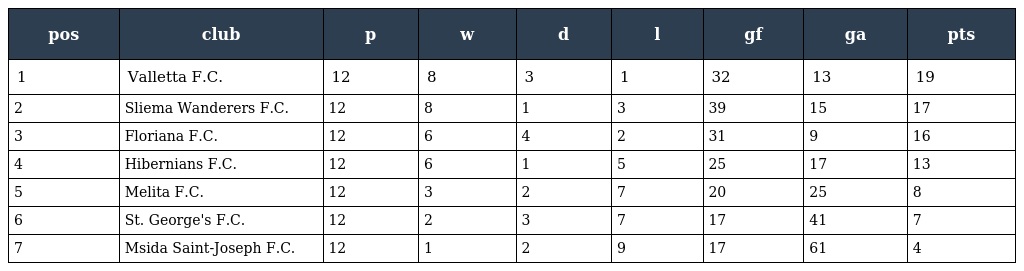
| pos | club | p | w | d | l | gf | ga | pts |
 | --- | --- | --- | --- | --- | --- | --- | --- | --- |
 | 1 | Valletta F.C. | 12 | 8 | 3 | 1 | 32 | 13 | 19 |
 | 2 | Sliema Wanderers F.C. | 12 | 8 | 1 | 3 | 39 | 15 | 17 |
 | 3 | Floriana F.C. | 12 | 6 | 4 | 2 | 31 | 9 | 16 |
 | 4 | Hibernians F.C. | 12 | 6 | 1 | 5 | 25 | 17 | 13 |
 | 5 | Melita F.C. | 12 | 3 | 2 | 7 | 20 | 25 | 8 |
 | 6 | St. George's F.C. | 12 | 2 | 3 | 7 | 17 | 41 | 7 |
 | 7 | Msida Saint-Joseph F.C. | 12 | 1 | 2 | 9 | 17 | 61 | 4 |